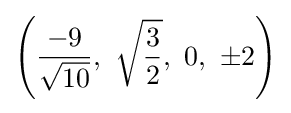
\left({\frac {-9}{\sqrt {10}}},\ {\sqrt {\frac {3}{2}}},\ 0,\ \pm 2\right)